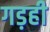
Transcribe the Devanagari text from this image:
गड़ही